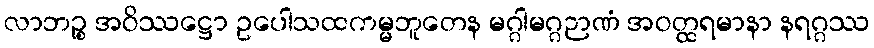
လာဘဉ္စ အဝိဿဋ္ဌော ဥပေါသထကမ္မဘူတေန မဂ္ဂါမဂ္ဂဉာဏံ အဝတ္ထရမာနာ နရဂ္ဂဿ